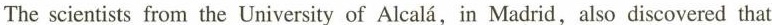
The scientists from the University of Alcalá, in Madrid, also discovered that